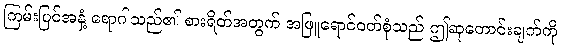
ကြမ်းပြင်အနှံ့ ရောဂါသည်၏ စားရိတ်အတွက် အဖြူရောင်ဝတ်စုံသည် ဤဆုတောင်းချက်ကို